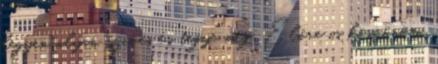
legyen olyan szíves és tegye meg. Előre is köszönöm.